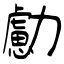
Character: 勴